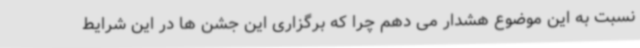
نسبت به این موضوع هشدار می دهم چرا که برگزاری این جشن ها در این شرایط